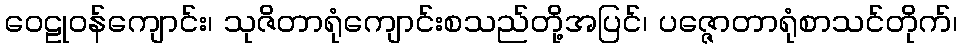
ဝေဠုဝန်ကျောင်း၊ သုဇိတာရုံကျောင်းစသည်တို့အပြင်၊ ပဇ္ဇောတာရုံစာသင်တိုက်၊